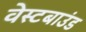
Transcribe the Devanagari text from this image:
वेस्टबाउंड